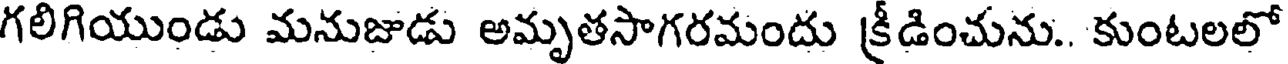
గలిగియుండు మనుజుడు అమృతసాగరమందు క్రీడించును.. కుంటలలో